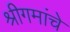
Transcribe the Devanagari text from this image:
श्रीगमांचे